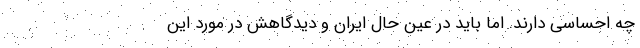
چه احساسی دارند. اما باید در عین حال ایران و دیدگاهش در مورد این